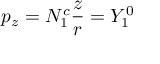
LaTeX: p _ { z } = N _ { 1 } ^ { c } { \frac { z } { r } } = Y _ { 1 } ^ { 0 }